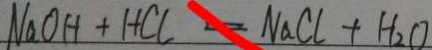
N a O H + H C l = N a C l + H _ { 2 } O